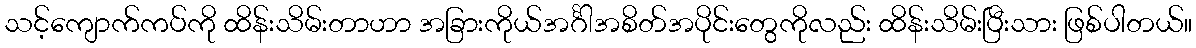
သင့်ကျောက်ကပ်ကို ထိန်းသိမ်းတာဟာ အခြားကိုယ်အင်္ဂါအစိတ်အပိုင်းတွေကိုလည်း ထိန်းသိမ်းပြီးသား ဖြစ်ပါတယ်။